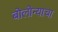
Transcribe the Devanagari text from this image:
बोलोन्याचा